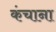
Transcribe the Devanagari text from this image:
कंचाना